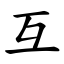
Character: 互